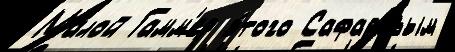
Ма́лой Гамм'ер э́того Сафаровым